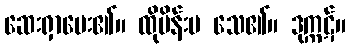
ဆေးရှာပေး၏။ ထိုမိန်းမ သေ၏။ ဒုက္ကဋ်။